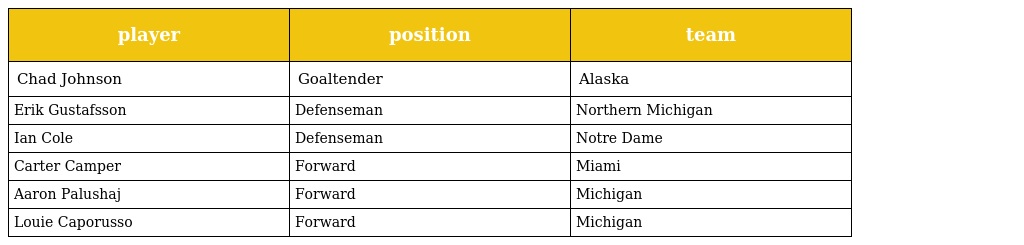
| player | position | team |
 | --- | --- | --- |
 | Chad Johnson | Goaltender | Alaska |
 | Erik Gustafsson | Defenseman | Northern Michigan |
 | Ian Cole | Defenseman | Notre Dame |
 | Carter Camper | Forward | Miami |
 | Aaron Palushaj | Forward | Michigan |
 | Louie Caporusso | Forward | Michigan |